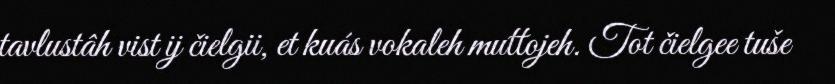
tavlustâh vist ij čielgii, et kuás vokaleh muttojeh. Tot čielgee tuše